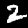
Digit: 2